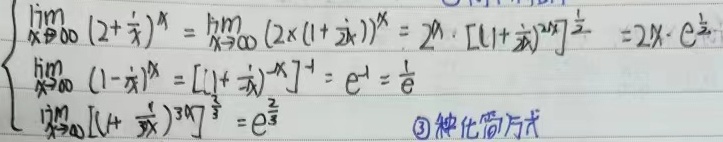
\[
\begin{align*}
&\lim_{x \to \infty} (2+\frac{1}{x})^x=\lim_{x \to \infty}(2\times(1 + \frac{1}{2x}))^x=2^x\cdot[(1+\frac{1}{2x})^{2x}]^{\frac{1}{2}}=2^x\cdot e^{\frac{1}{2}}\\
&\lim_{x \to \infty}(1-\frac{1}{x})^x=[(1+\frac{1}{-x})^{-x}]^{-1}=e^{-1}=\frac{1}{e}\\
&\lim_{x \to \infty}[(1 + \frac{2}{3x})^{3x}]^{\frac{1}{3}}=e^{\frac{2}{3}}
\end{align*}
\]
\textcircled{3} 种化简方式